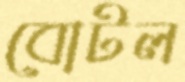
বোটল